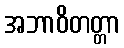
အဘာဝိတတ္တာ